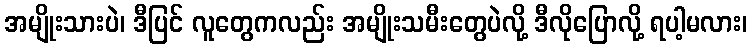
အမျိုးသားပဲ၊ ဒီပြင် လူတွေကလည်း အမျိုးသမီးတွေပဲလို့ ဒီလိုပြောလို့ ရပါ့မလား၊